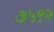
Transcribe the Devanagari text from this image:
७५९२